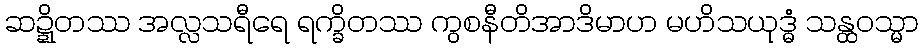
ဆဍ္ဍိတဿ အလ္လသရီရေ ရက္ခိတဿ ကွစနီတိအာဒိမာဟ မဟိသယုဒ္ဓံ သန္ထဝသ္မာ